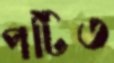
পটিত